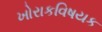
ખોરાકવિષયક